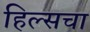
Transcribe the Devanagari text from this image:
हिल्सचा